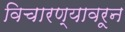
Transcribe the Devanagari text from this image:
विचारण्यावरून